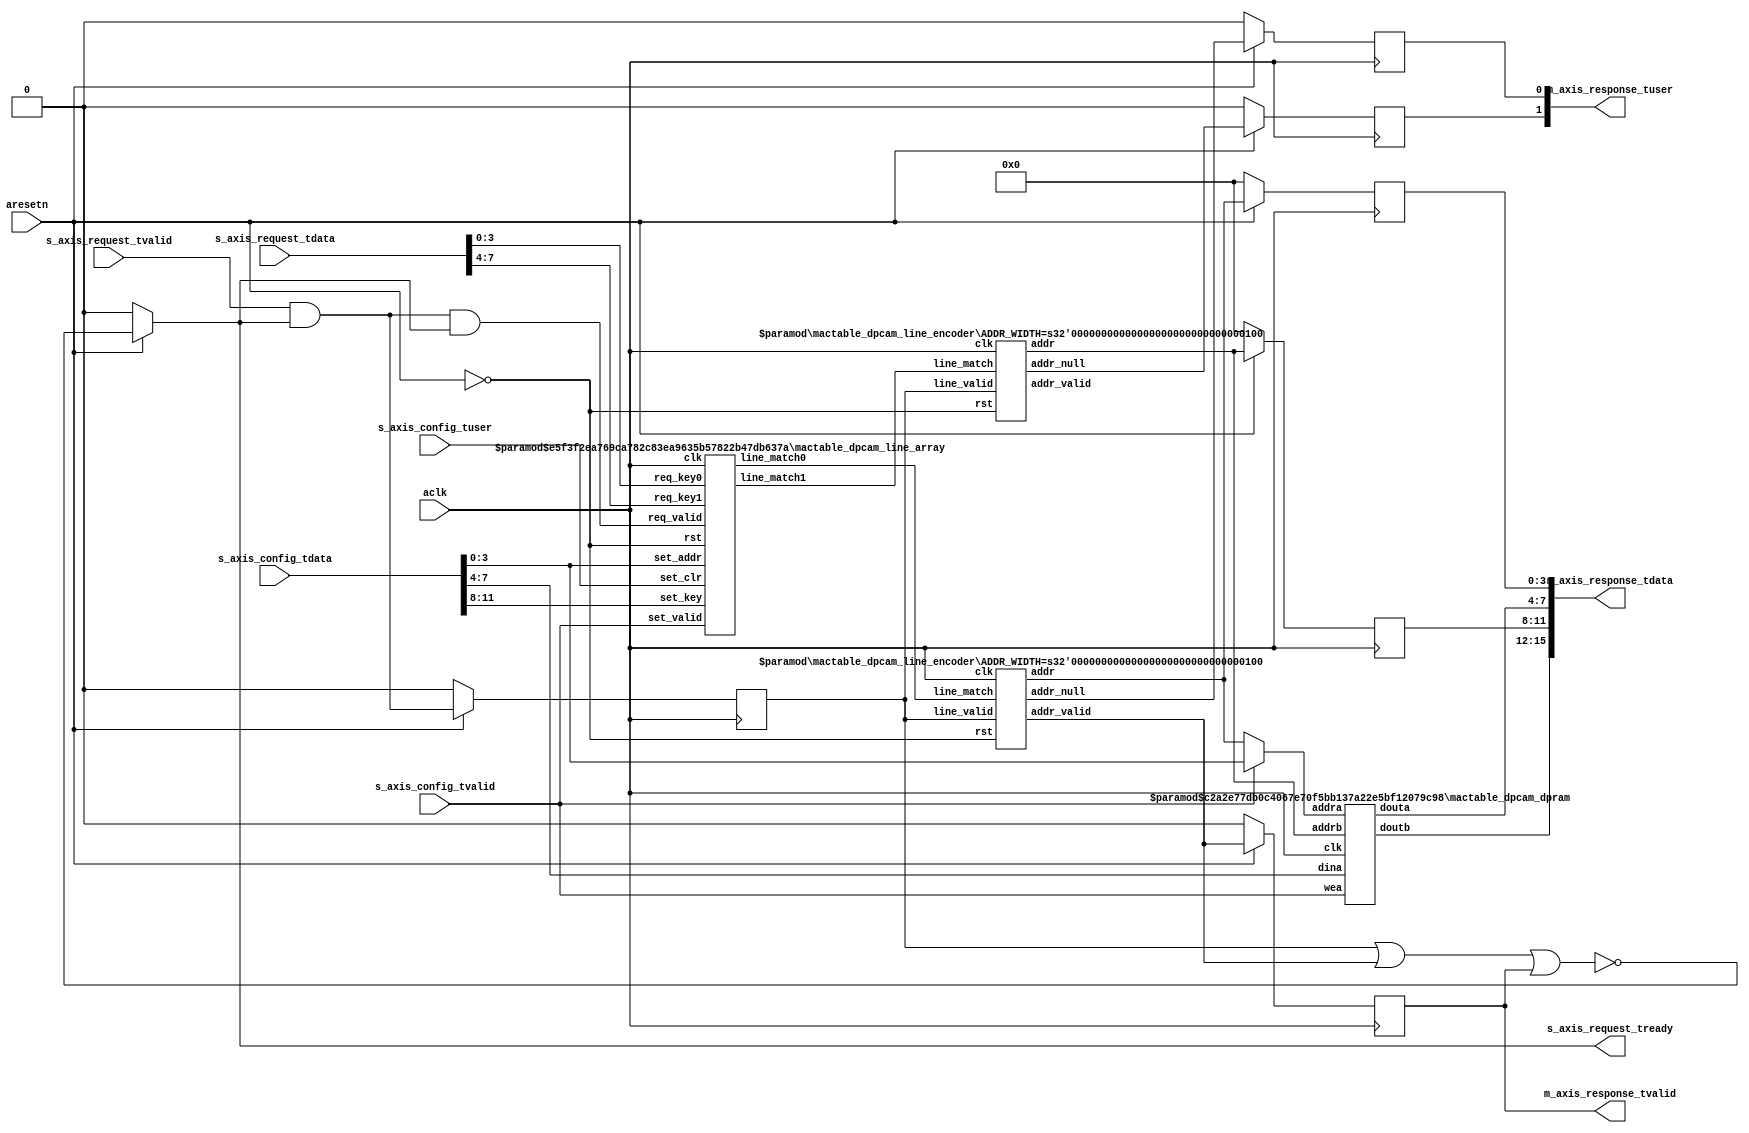
`timescale 1ns / 1ps
//////////////////////////////////////////////////////////////////////////////////
// Company: 
// 
// Design Name: 
// Module Name: mactable_dpcam
// Project Name: eth_switch
// Target Devices: 
// Tool Versions: 
// Description: Dual Port CAM MAC-address table
// 
// Dependencies: 
// 
// Revision:
// Revision 0.01 - File Created
// Additional Comments:
// License: MIT
//  Copyright (c) 2020 Dmitry Matyunin
//  Permission is hereby granted, free of charge, to any person obtaining a copy
//  of this software and associated documentation files (the "Software"), to deal
//  in the Software without restriction, including without limitation the rights
//  to use, copy, modify, merge, publish, distribute, sublicense, and/or sell
//  copies of the Software, and to permit persons to whom the Software is
//  furnished to do so, subject to the following conditions:
//
//  The above copyright notice and this permission notice shall be included in
//  all copies or substantial portions of the Software.
//
//  THE SOFTWARE IS PROVIDED "AS IS", WITHOUT WARRANTY OF ANY KIND, EXPRESS OR
//  IMPLIED, INCLUDING BUT NOT LIMITED TO THE WARRANTIES OF MERCHANTABILITY
//  FITNESS FOR A PARTICULAR PURPOSE AND NONINFRINGEMENT. IN NO EVENT SHALL THE
//  AUTHORS OR COPYRIGHT HOLDERS BE LIABLE FOR ANY CLAIM, DAMAGES OR OTHER
//  LIABILITY, WHETHER IN AN ACTION OF CONTRACT, TORT OR OTHERWISE, ARISING FROM,
//  OUT OF OR IN CONNECTION WITH THE SOFTWARE OR THE USE OR OTHER DEALINGS IN
//  THE SOFTWARE.
// 
//////////////////////////////////////////////////////////////////////////////////

module mactable_dpcam #(
	parameter ADDR_WIDTH = 4,
	parameter KEY_WIDTH = 4,
	parameter DATA_WIDTH = 4,
	parameter RAM_STYLE_DATA = "block",
	parameter CONFIG_WIDTH = ADDR_WIDTH+DATA_WIDTH+KEY_WIDTH,
	parameter REQUEST_WIDTH = KEY_WIDTH*2,
	parameter RESPONSE_WIDTH = (ADDR_WIDTH+DATA_WIDTH)*2
)
(
	input wire aclk,
	input wire aresetn,
	input wire [CONFIG_WIDTH-1:0]s_axis_config_tdata,
	input wire s_axis_config_tuser,
	input wire s_axis_config_tvalid,
	/* Request */
	input wire [REQUEST_WIDTH-1:0]s_axis_request_tdata,
	input wire s_axis_request_tvalid,
	output wire s_axis_request_tready,
	/* Response */
	output wire [RESPONSE_WIDTH-1:0]m_axis_response_tdata,
	output wire [1:0]m_axis_response_tuser,
	output wire m_axis_response_tvalid	
);

wire [ADDR_WIDTH-1:0]set_addr; 
wire [DATA_WIDTH-1:0]set_data;
wire [KEY_WIDTH-1:0]set_key;
wire set_clr;
wire set_valid;

wire [KEY_WIDTH-1:0]req_key[1:0];
wire req_valid;
wire req_ready;

reg [ADDR_WIDTH-1:0]res_addr[1:0];
wire [DATA_WIDTH-1:0]res_data[1:0];
reg res_valid;
reg res_null[1:0];

reg line_valid;
wire [2**ADDR_WIDTH-1:0]line_match[1:0];
wire [ADDR_WIDTH-1:0]enc_addr[1:0];
wire enc_valid;
wire enc_null[1:0];

assign {set_key,set_data,set_addr} = s_axis_config_tdata; 
assign set_clr = s_axis_config_tuser;
assign set_valid = s_axis_config_tvalid;

assign {req_key[1],req_key[0]} = s_axis_request_tdata;
assign req_valid = s_axis_request_tvalid & s_axis_request_tready;
assign s_axis_request_tready = req_ready;

assign m_axis_response_tdata = {{res_data[1],res_addr[1]},{res_data[0],res_addr[0]}};
assign m_axis_response_tuser = {res_null[1],res_null[0]};
assign m_axis_response_tvalid = res_valid;

assign req_ready = (aresetn == 1'b0) ? 1'b0 : ~(line_valid | enc_valid | res_valid);

always @(posedge aclk) begin
	if (aresetn == 1'b0) begin
		line_valid <= 1'b0;
		res_addr[0] <= 0;
		res_addr[1] <= 0;
		res_valid <= 1'b0;
		res_null[0] <= 1'b0;
		res_null[1] <= 1'b0;
	end else begin
		line_valid <= req_valid;
		res_addr[0] <= enc_addr[0];
		res_addr[1] <= enc_addr[1];
		res_valid <= enc_valid;
		res_null[0] <= enc_null[0];
		res_null[1] <= enc_null[1];
	end
end

mactable_dpcam_line_array #(
	.ADDR_WIDTH(ADDR_WIDTH),
	.KEY_WIDTH(KEY_WIDTH)
) mactable_dpcam_line_array_inst (
	.clk(aclk),
	.rst(~aresetn),
	.set_addr(set_addr),
	.set_key(set_key),
	.set_clr(set_clr),
	.set_valid(set_valid),
	.req_key0(req_key[0]),
	.req_key1(req_key[1]),
	.req_valid(req_valid & req_ready),
	.line_match0(line_match[0]),
	.line_match1(line_match[1])
);

mactable_dpcam_line_encoder #(
	.ADDR_WIDTH(ADDR_WIDTH)
) mactable_dpcam_line_encoder0_inst (
	.clk(aclk),
	.rst(~aresetn),
	.line_match(line_match[0]),
	.line_valid(line_valid),
	.addr(enc_addr[0]),
	.addr_valid(enc_valid),
	.addr_null(enc_null[0])
);

mactable_dpcam_line_encoder #(
	.ADDR_WIDTH(ADDR_WIDTH)
) mactable_dpcam_line_encoder1_inst (
	.clk(aclk),
	.rst(~aresetn),
	.line_match(line_match[1]),
	.line_valid(line_valid),
	.addr(enc_addr[1]),
	.addr_valid(),
	.addr_null(enc_null[1])
);

mactable_dpcam_dpram #(
	.ADDR_WIDTH(ADDR_WIDTH),
	.DATA_WIDTH(DATA_WIDTH),
	.RAM_STYLE(RAM_STYLE_DATA)
) mactable_dpcam_dpram_inst (
	.clk(aclk),
	.dina(set_data),
	.addra(set_valid ? set_addr : enc_addr[0]),
	.addrb(enc_addr[1]),
	.wea(set_valid),
	.douta(res_data[0]),
	.doutb(res_data[1])
);

endmodule


//////////////////////////////////////////////////////////////////////////////////
// Module Name: mactable_dpcam_line_array
// Project Name: eth_switch
// Description: Dual Port CAM Index Memory Array
//////////////////////////////////////////////////////////////////////////////////

(* DONT_TOUCH = "TRUE" *)
module mactable_dpcam_line_array #(
	parameter ADDR_WIDTH = 8,
	parameter KEY_WIDTH = 8
)
(
	input wire clk,
	input wire rst,
	input wire [ADDR_WIDTH-1:0]set_addr,
	input wire [KEY_WIDTH-1:0]set_key,
	input wire set_clr,
	input wire set_valid,
	input wire [KEY_WIDTH-1:0]req_key0,
	input wire [KEY_WIDTH-1:0]req_key1,
	input wire req_valid,
	output wire [2**ADDR_WIDTH-1:0]line_match0,
	output wire [2**ADDR_WIDTH-1:0]line_match1
);

localparam MEM_WIDTH = KEY_WIDTH;

reg [MEM_WIDTH-1:0]mem[2**ADDR_WIDTH-1:0];
reg [2**ADDR_WIDTH-1:0]active;

reg [2**ADDR_WIDTH-1:0]match[1:0];
wire [KEY_WIDTH-1:0]key[2**ADDR_WIDTH-1:0];

integer i;
genvar g;

generate for (g = 0; g < 2**ADDR_WIDTH; g = g + 1) begin
	wire [MEM_WIDTH-1:0]mem_tmp;
	assign mem_tmp = mem[g];
	assign key[g] = mem_tmp;
end endgenerate

assign line_match0 = match[0];
assign line_match1 = match[1];

/* Initial */
initial begin
	for (i = 0; i < 2**ADDR_WIDTH; i = i + 1) begin
		mem[i] = 0;
	end
end

/* Set */
always @(posedge clk) begin
	if (rst == 1'b1) begin
		active = {KEY_WIDTH{1'b0}};
	end else begin
		if (set_valid == 1'b1) begin
			for (i = 0; i < 2**ADDR_WIDTH; i = i + 1) begin
				if (set_addr == i) begin
					mem[i] <= set_key;
					active[i] <= ~set_clr;
				end
			end
		end
	end
end

/* Request */
always @(posedge clk) begin
	if (rst == 1'b1) begin
		match[0] <= {2**ADDR_WIDTH{1'b0}};
		match[1] <= {2**ADDR_WIDTH{1'b0}};
	end else begin
		if (req_valid == 1'b1) begin
			for (i = 0; i < 2**ADDR_WIDTH; i = i + 1) begin
				match[0][i] <= ((key[i] ^ req_key0) == 0) & active[i];
				match[1][i] <= ((key[i] ^ req_key1) == 0) & active[i];
			end
		end
	end
end

endmodule


//////////////////////////////////////////////////////////////////////////////////
// Module Name: mactable_dpcam_line_encoder
// Project Name: eth_switch
// Description: Dual Port CAM Matched Line Encoder
//////////////////////////////////////////////////////////////////////////////////

module mactable_dpcam_line_encoder #(
	parameter ADDR_WIDTH = 8
)
(
	input wire clk,
	input wire rst,
	input wire [2**ADDR_WIDTH-1:0]line_match,
	input wire line_valid,
	output wire [ADDR_WIDTH-1:0]addr,
	output wire addr_valid,
	output wire addr_null
);

reg encode;
reg [2**ADDR_WIDTH-1:0]line;
reg [ADDR_WIDTH-1:0]addr_out;
reg valid_out;
reg null_out;
integer i;

assign addr = addr_out;
assign addr_valid = valid_out;
assign addr_null = null_out;

always @(posedge clk) begin
	if (rst == 1'b1) begin
		encode <= 1'b0;
	end else begin
		if (encode == 1'b0) begin
			if (line_valid) begin
				line <= line_match;
				encode <= 1'b1;
			end
		end else begin
			if (line == 0) begin
				encode <= 1'b0;
			end else begin
				if ((line & ~(2**addr_out))) begin
					line[addr_out] <= 1'b0;
				end else begin
					encode <= 1'b0;
				end
			end
		end
	end
end

always @(*) begin
	addr_out = 0;
	valid_out = 1'b0;
	null_out = 1'b0;
	
	if (encode == 1'b1) begin
		if (line == 0) begin
			valid_out = 1'b1;
			null_out = 1'b1;
		end else begin
			for (i = 2**ADDR_WIDTH - 1; i >= 0; i = i - 1) begin
				if (line[i] == 1'b1) begin
					addr_out = i;
					valid_out = 1'b1;
				end
			end
		end
	end
end

endmodule


//////////////////////////////////////////////////////////////////////////////////
// Module Name: mactable_dpcam_dpram
// Project Name: eth_switch
// Description: Dual Port CAM Data Memory
//////////////////////////////////////////////////////////////////////////////////

module mactable_dpcam_dpram #(
	parameter ADDR_WIDTH = 8,
	parameter DATA_WIDTH = 8,
	parameter RAM_STYLE = "block"
)
(
	input wire clk,
	input wire [DATA_WIDTH-1:0]dina,
	input wire [ADDR_WIDTH-1:0]addra,
	input wire [ADDR_WIDTH-1:0]addrb,
	input wire wea,
	output wire [DATA_WIDTH-1:0]douta,
	output wire [DATA_WIDTH-1:0]doutb
);

(* ram_style = RAM_STYLE *) reg [DATA_WIDTH-1:0]ram[2**ADDR_WIDTH-1:0];
reg [ADDR_WIDTH-1:0]rdouta; 
reg [ADDR_WIDTH-1:0]rdoutb;
integer i;

assign douta = rdouta;
assign doutb = rdoutb;

initial begin
	for (i = 0; i < 2**ADDR_WIDTH; i = i + 1) begin
		ram[i] = 0;
	end
end

always @(posedge clk) begin
	if (wea) begin
		ram[addra] <= dina;
	end
	rdouta <= ram[addra];
	rdoutb <= ram[addrb];
end

endmodule